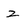
Character: Z